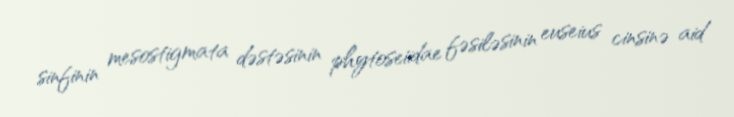
sinfinin mesostigmata dəstəsinin phytoseiidae fəsiləsinin euseius cinsinə aid